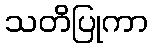
သတိပြုကာ